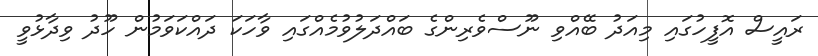
ރައީސް އޮފީހުގައި މިއަދު ބޭއްވި ނޫސްވެރިންގެ ބައްދަލުވުމެއްގައި ވާހަކަ ދައްކަވަމުން ހޫދު ވިދާޅުވީ